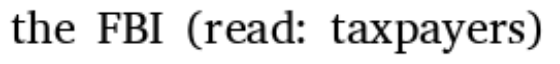
the FBI (read: taxpayers)